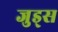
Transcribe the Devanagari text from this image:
जुड्स